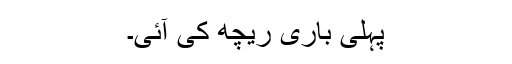
پہلی باری ریچھ کی آئی۔